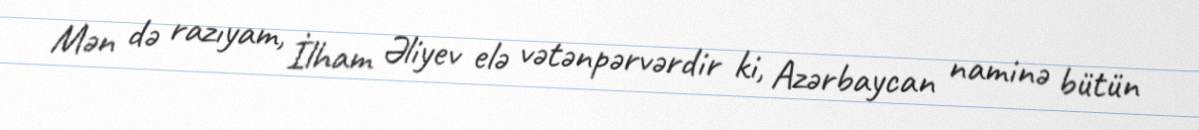
Mən də razıyam, İlham Əliyev elə vətənpərvərdir ki, Azərbaycan naminə bütün